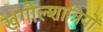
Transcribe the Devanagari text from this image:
खगोल्शात्रियों